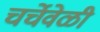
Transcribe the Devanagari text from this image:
चर्चेवेळी